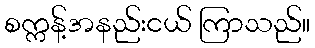
စက္ကန့်အနည်းငယ် ကြာသည်။